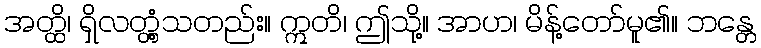
အတ္ထိ၊ ရှိလတ္တံ့သတည်း။ ဣတိ၊ ဤသို့။ အာဟ၊ မိန့်တော်မူ၏။ ဘန္တေ